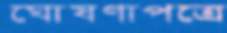
ঘোষণাপত্রে